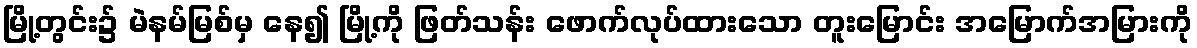
မြို့တွင်း၌ မဲနမ်မြစ်မှ နေ၍ မြို့ကို ဖြတ်သန်း ဖောက်လုပ်ထားသော တူးမြောင်း အမြောက်အမြားကို